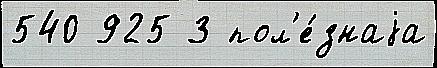
540 925 3 пол'е́знаjа